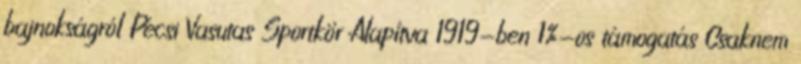
bajnokságról Pécsi Vasutas Sportkör Alapítva 1919-ben 1%-os támogatás Csaknem